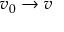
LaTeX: v _ { 0 } \rightarrow v